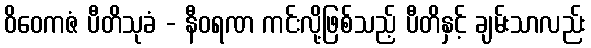
ဝိဝေကဇံ ပီတိသုခံ - နီဝရဏ ကင်းလို့ဖြစ်သည့် ပီတိနှင့် ချမ်းသာလည်း